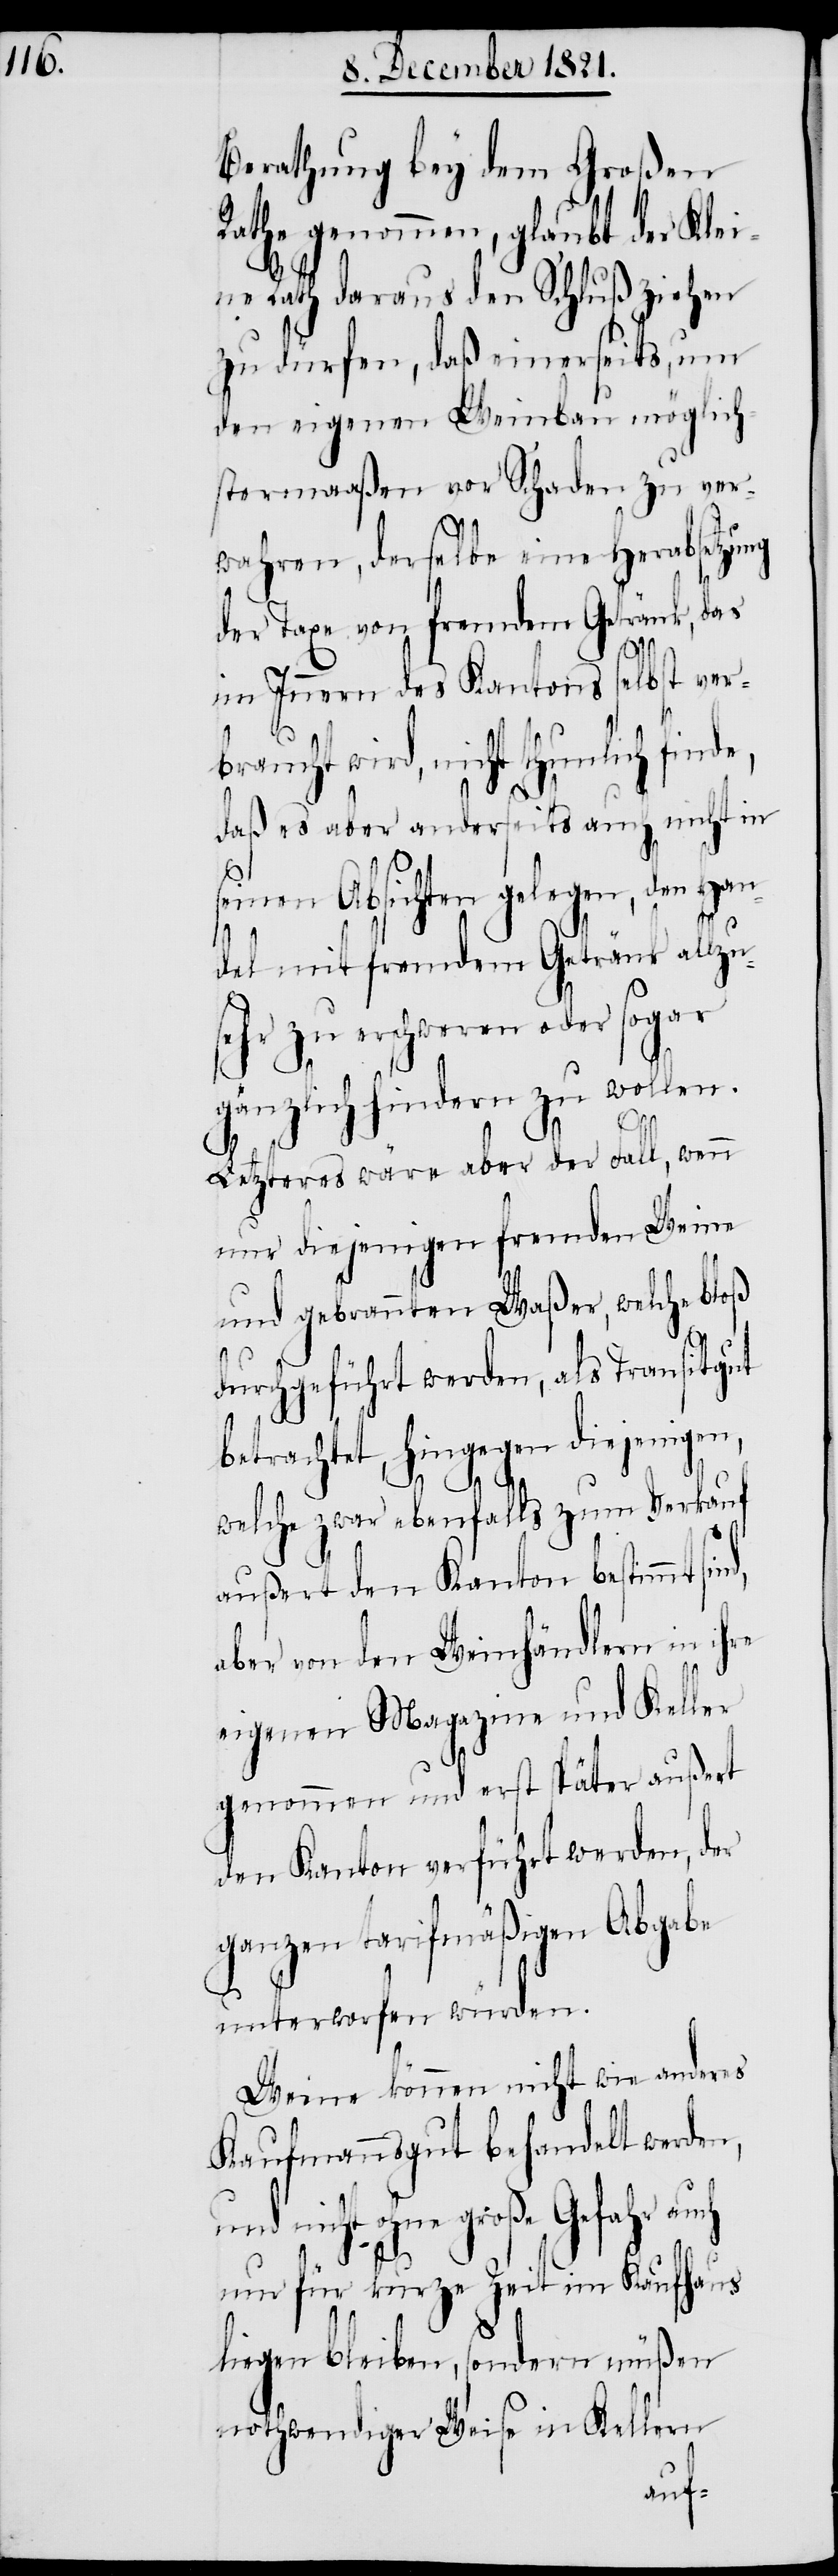
Berathung bey dem Großen
Rathe genommen, glaubt der Klei¬
ne Rath daraus den Schluß ziehen
zu dürfen, daß einerseits, um
den eigenen Weinbau möglich¬
stermaaßen vor Schaden zu ver¬
wahren, derselbe eine Herabsetzung
der Taxe von fremdem Getränk, das
im Innern des Kantons selbst ver¬
braucht wird, nicht thunlich finde,
daß es aber anderseits auch nicht in
seinen Absichten gelegen, den Han¬
del mit fremdem Getränk allzu
ehr zu erschweren oder sogar
gänzlich hindern zu wollen.
Letzteres wäre aber der Fall, wenn
nur diejenigen fremden Weine
und gebrannten Waßer, welche bloß
nd,
durchgeführt werden, als Transitgut
s¬
betrachtet, hingegen diejenigen,
welche zwar ebenfalls zum Verkauf
außert den Kanton bestimmt si¬
aber von den Weinhändlern in ihre
eigenen Magazine und Keller
genommen und erst später außert
den Kanton verführt werden, der
ganzen tarifmäßigen Abgabe
unterworfen würden.
Weine können nicht wie anderes
Kaufmannsgut behandelt werden,
und nicht ohne große Gefahr auch
nur für kurze Zeit im Kaufhaus
liegen bleiben, sondern müßen
nothwendiger Weise in Kellern